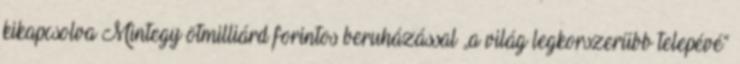
kikapcsolva Mintegy ötmilliárd forintos beruházással „a világ legkorszerűbb telepévé”